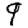
Digit: 9